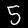
Label: 5